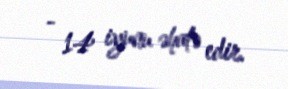
- 14 iyunu əhatə edir.